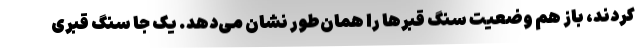
کردند، باز هم وضعیت سنگ قبرها را همان‌طور نشان می‌دهد. یک جا سنگ قبری